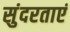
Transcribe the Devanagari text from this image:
सुंदरताएं